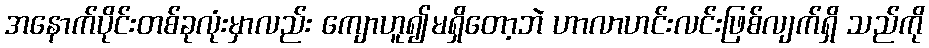
အနောက်ပိုင်းတစ်ခုလုံးမှာလည်း ကျောဟူ၍မရှိတော့ဘဲ ဟာလာဟင်းလင်းဖြစ်လျက်ရှိ သည်ကို